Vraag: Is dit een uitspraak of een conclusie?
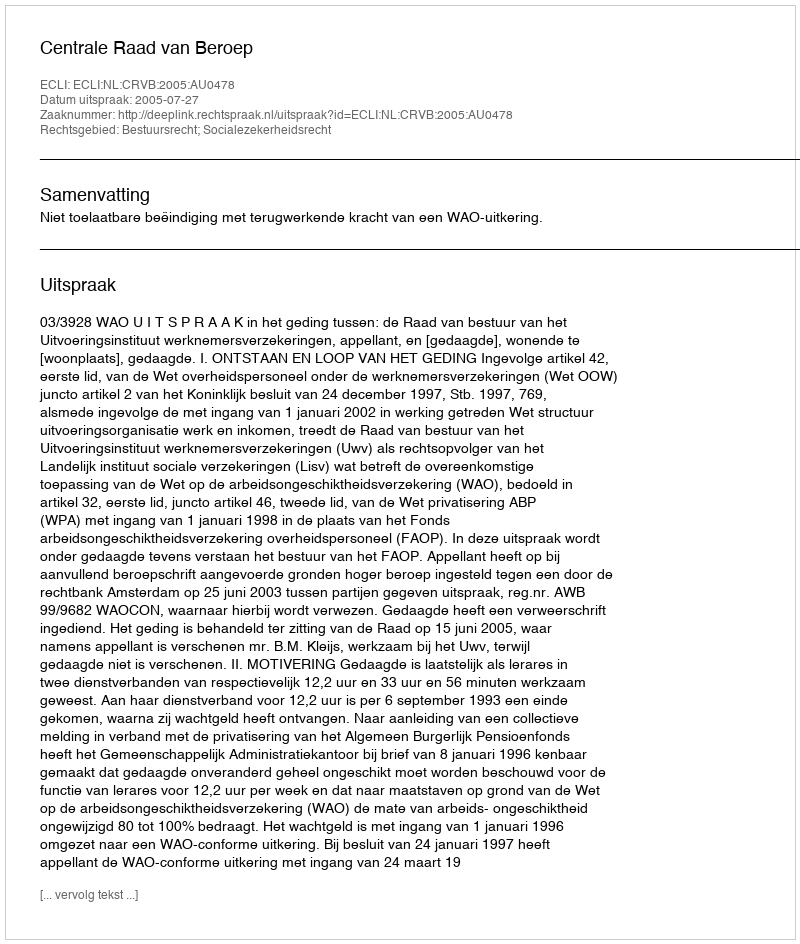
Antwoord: Uitspraak